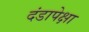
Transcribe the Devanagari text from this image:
दंडापेक्षा